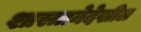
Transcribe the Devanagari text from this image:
शास्त्रानेदेखील